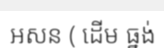
អសន ( ដើម ធ្នង់